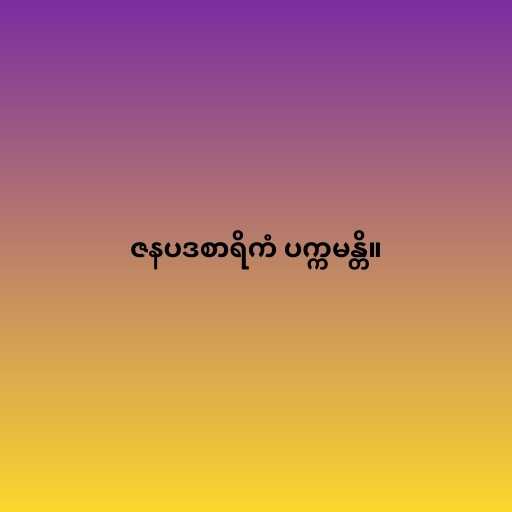
ဇနပဒစာရိကံ ပက္ကမန္တိ။